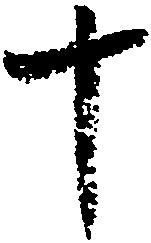
十